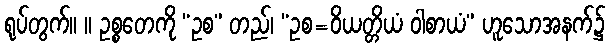
ရုပ်တွက်။ ။ ဥစ္စတေကို “ဥစ” တည်၊ “ဥစ=ဝိယတ္တိယံ ဝါစာယံ” ဟူသောအနက်၌